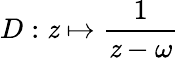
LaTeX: D:\mathit{z}\mapsto\frac{{1}}{{\mathit{z}-\omega}}